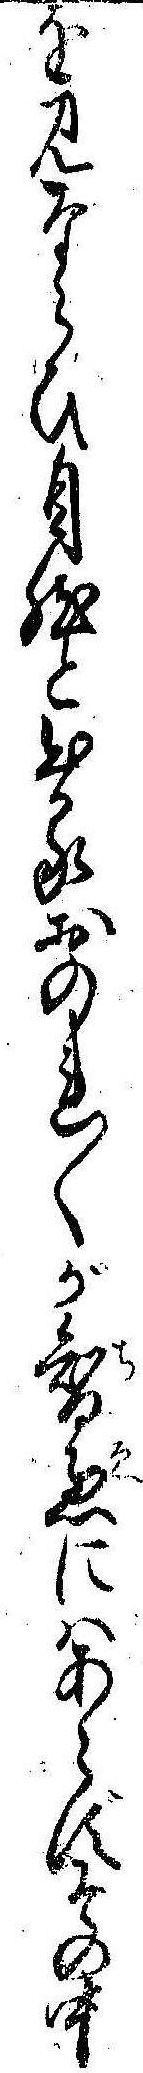
を見ならひ自然と出るおのれ〱が智恵にはあらずその中